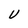
Character: U